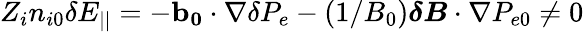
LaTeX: Z_{i}n_{i0}\delta E_{||}=-\mathbf{b_{0}}\cdot\nabla\delta P_{e}-\left(1/B_{0}\right)\boldsymbol{\delta B}\cdot\nabla P_{e0}\neq 0